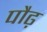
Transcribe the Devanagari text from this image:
पौढ़